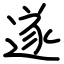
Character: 遂